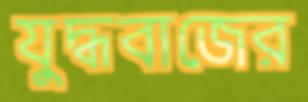
যুদ্ধবাজের